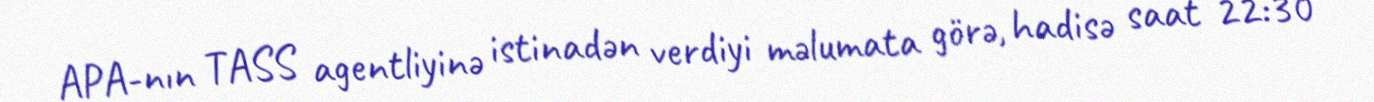
APA-nın TASS agentliyinə istinadən verdiyi məlumata görə, hadisə saat 22:30